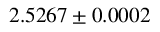
2 . 5 2 6 7 \pm 0 . 0 0 0 2